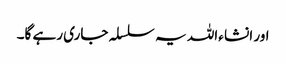
اور انشا ءاللہ یہ سلسلہ جاری رہے گا۔